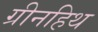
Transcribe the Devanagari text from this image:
ग्रीनहिथ